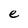
Character: e